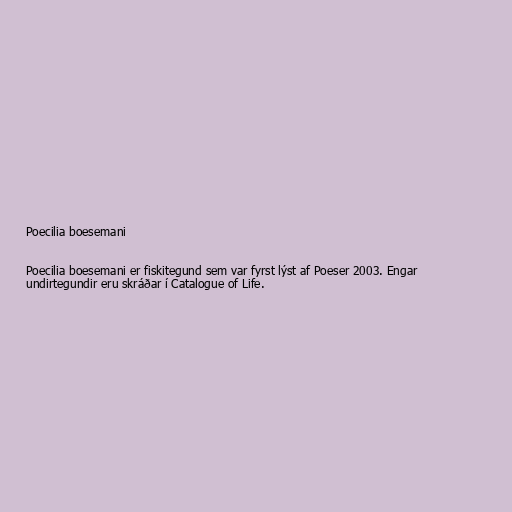
Poecilia boesemani

Poecilia boesemani er fiskitegund sem var fyrst lýst af Poeser 2003. Engar
undirtegundir eru skráðar í Catalogue of Life.